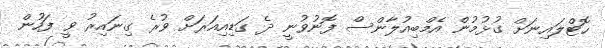
ހޮޓްލައިނަށް ގުޅުމުން އެމްބިއުލާންސް ފޮނުވުނީ ދެ ގަޑިއިއަރަށް ވުރެ ގިނައިރު ވީ ފަހުން